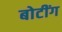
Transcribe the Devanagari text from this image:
बोटींग